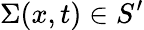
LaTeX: \Sigma(x,t)\in S^{\prime}